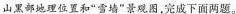
山黑部地理位置和”雪墙”景观图，完成下面两题。